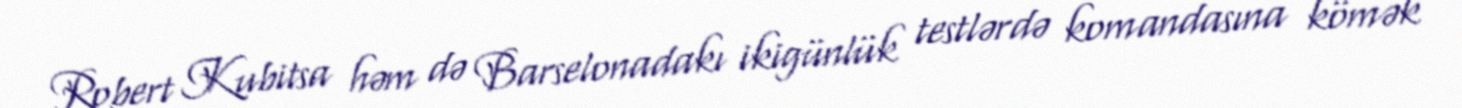
Robert Kubitsa həm də Barselonadakı ikigünlük testlərdə komandasına kömək